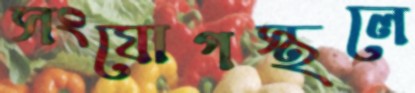
সংযোগস্থলে